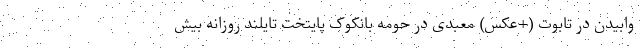
وابیدن در تابوت (+عکس) معبدی در حومه بانکوک پایتخت تایلند روزانه بیش